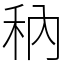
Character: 䄲